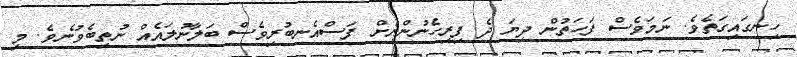
ހިނގައިގަތެވެ. ނަމަވެސް ފަހަތުން ދިޔަ ދެ ފިރިހެނުންނަށް ފަސްއެނބުރިވެސް ބަލާނުލައެއް ނުތިބެވުނެވެ. މި